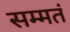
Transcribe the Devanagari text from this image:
सम्मतं